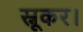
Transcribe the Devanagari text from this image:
स्नूकर।